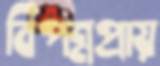
বিপন্নপ্রায়